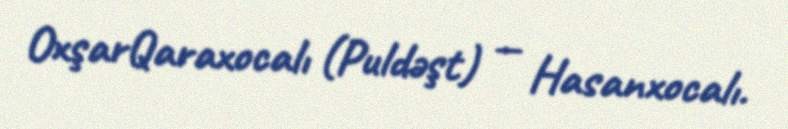
OxşarQaraxocalı (Puldəşt) — Hasanxocalı.